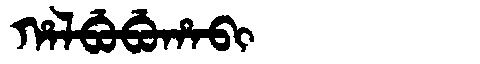
Manchu: ᡥᠠᠯᠪᡠᠪᡠᡥᠠᠪᡳ
Romanization: HALBUBUHABI